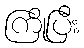
ကြိုပြီး